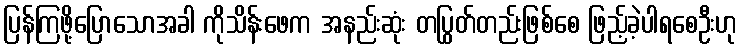
ပြန်ကြဖို့ပြောသောအခါ ကိုသိန်းဖေက အနည်းဆုံး တပြွတ်တည်းဖြစ်စေ ဖြည့်ခဲ့ပါရစေဦးဟု